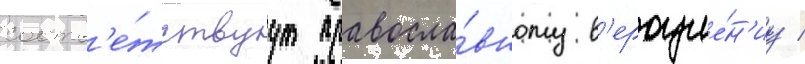
соотв'е́тствуут правосла́вному в'ероуче́н'иу /